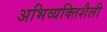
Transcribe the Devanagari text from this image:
अभिव्यक्तिशैली